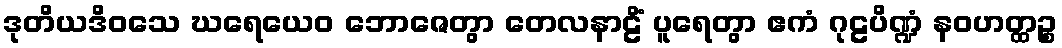
ဒုတိယဒိဝသေ ဃရေယေဝ ဘောဇေတွာ တေလနာဠိံ ပူရေတွာ ဧကံ ဂုဠပိဏ္ဍံ နဝဟတ္ထဉ္စ